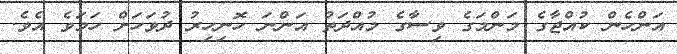
އަންހެން ކުއްޖާގެ މަންމަގެ ވިސާގެ މުއްދަތު އަންނަ ހޮނިހިރު ދުވަހަށް ހަމަވެ އެވެ.